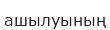
ашылуының